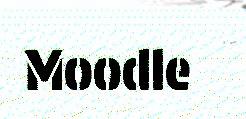
Moodle